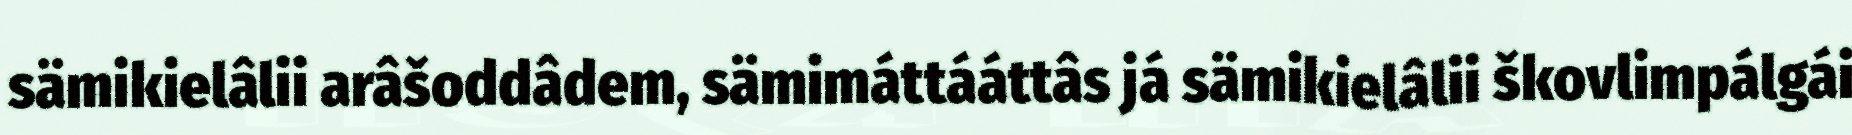
sämikielâlii arâšoddâdem, sämimáttááttâs já sämikielâlii škovlimpálgái